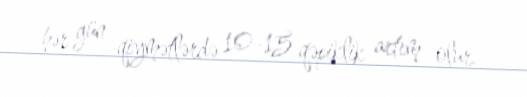
hər gün qiymətlərdə 10-15 qəpiklik artım olur.